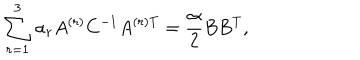
\sum _ { r = 1 } ^ { 3 } \alpha _ { r } A ^ { ( r ) } C ^ { - 1 } A ^ { ( r ) \mathrm { T } } = \frac { \alpha } { 2 } B B ^ { \mathrm { T } } ,